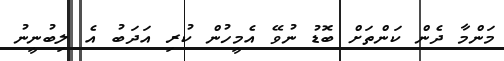
މަންމާ ދެން ކަންތަށް ބޮޑު ނުވޭ އެމީހުން ކުރި އަދަބު އެ ލިބުނީނު